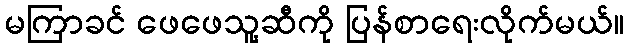
မကြာခင် ဖေဖေသူ့ဆီကို ပြန်စာရေးလိုက်မယ်။